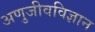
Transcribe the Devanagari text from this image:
अणुजीवविज्ञान